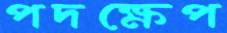
পদক্ষেপ